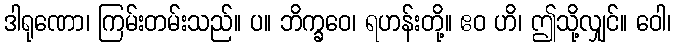
ဒါရုဏော၊ ကြမ်းတမ်းသည်။ ပ။ ဘိက္ခဝေ၊ ရဟန်းတို့။ ဧဝ ဟိ၊ ဤသို့လျှင်။ ဝေါ၊